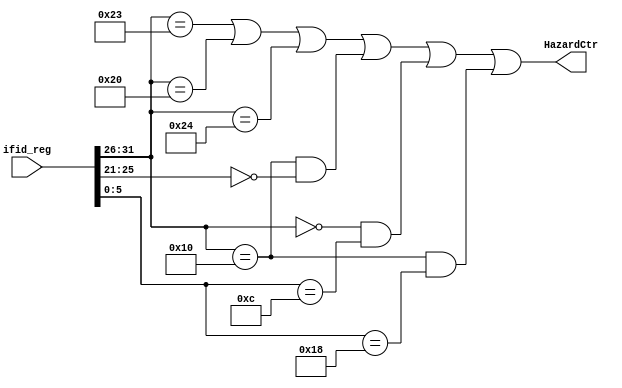
module hazard(ifid_reg,HazardCtr);

input wire[63:0] ifid_reg;
wire[4:0] rs;
wire[5:0] op,funct;
output wire HazardCtr;

assign rs=ifid_reg[25:21];
assign op=ifid_reg[31:26];
assign funct=ifid_reg[5:0];
assign HazardCtr=(
    op==6'b100011 |
    op==6'b100000 |
    op==6'b100100 |                      // load
    (op==6'b010000 & rs==5'b00000) |     // mfc0
    (op==6'b000000 & funct==6'b001100) | // syscall
    (op==6'b010000 & funct==6'b011000)   // eret
);

endmodule